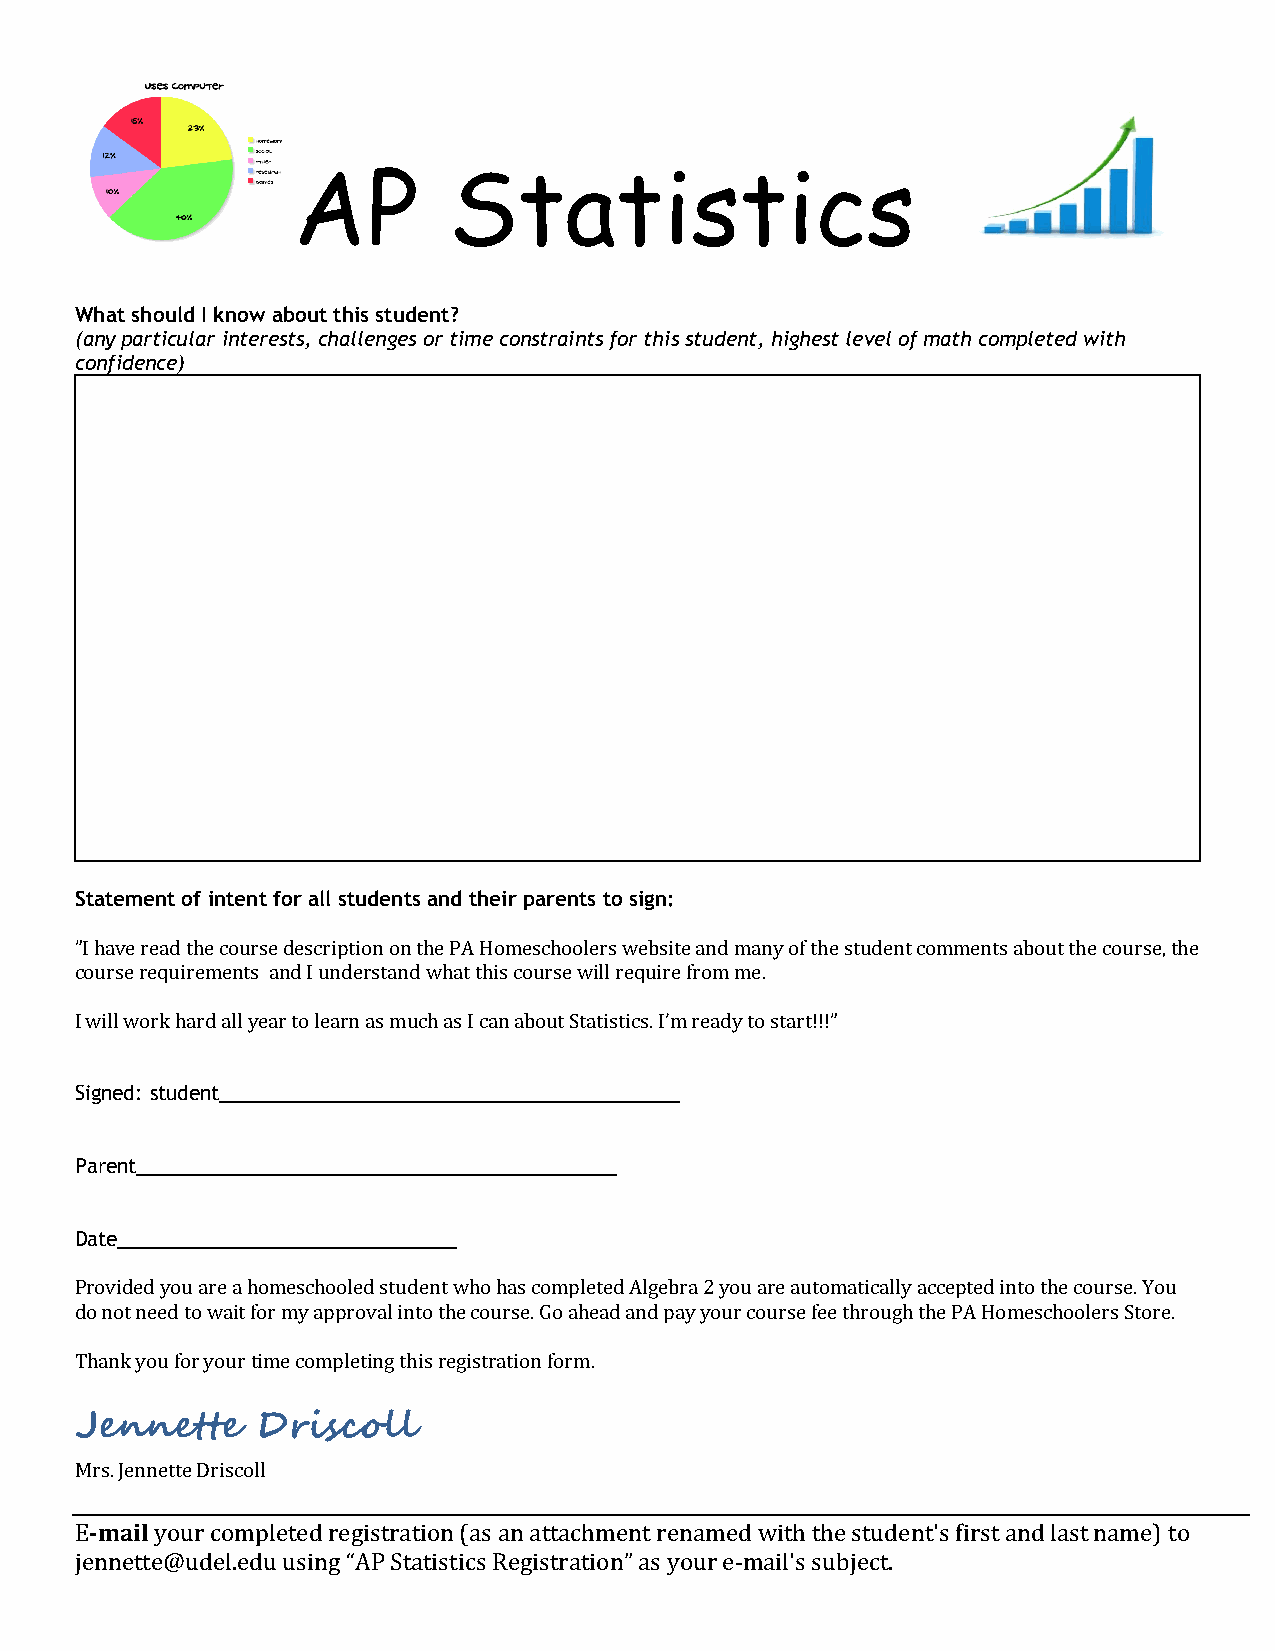
AP         Statistics
 What should I know about this student?
 (any particular interests, challenges or time constraints for this student, highest level of math completed with
 confidence)
 Statement of intent for all students and their parents to sign:
 ”I have read the course description on the PA Homeschoolers website and many of the student comments about the course, the
 course requirements and I understand what this course will require from me.
 I will work hard all year to learn as much as I can about Statistics. I’m ready to start!!!”
 Signed: student__________________________________________
 Parent____________________________________________
 Date_______________________________
 Provided you are a homeschooled student who has completed Algebra 2 you are automatically accepted into the course. You
 do not need to wait for my approval into the course. Go ahead and pay your course fee through the PA Homeschoolers Store.
 Thank you for your time completing this registration form.
 Jennette    Driscoll
 Mrs. Jennette Driscoll
 E-mail your completed registration (as an attachment renamed with the student's first and last name) to
 jennette@udel.edu using “AP Statistics Registration” as your e-mail's subject.